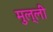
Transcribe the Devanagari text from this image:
मुल्ली